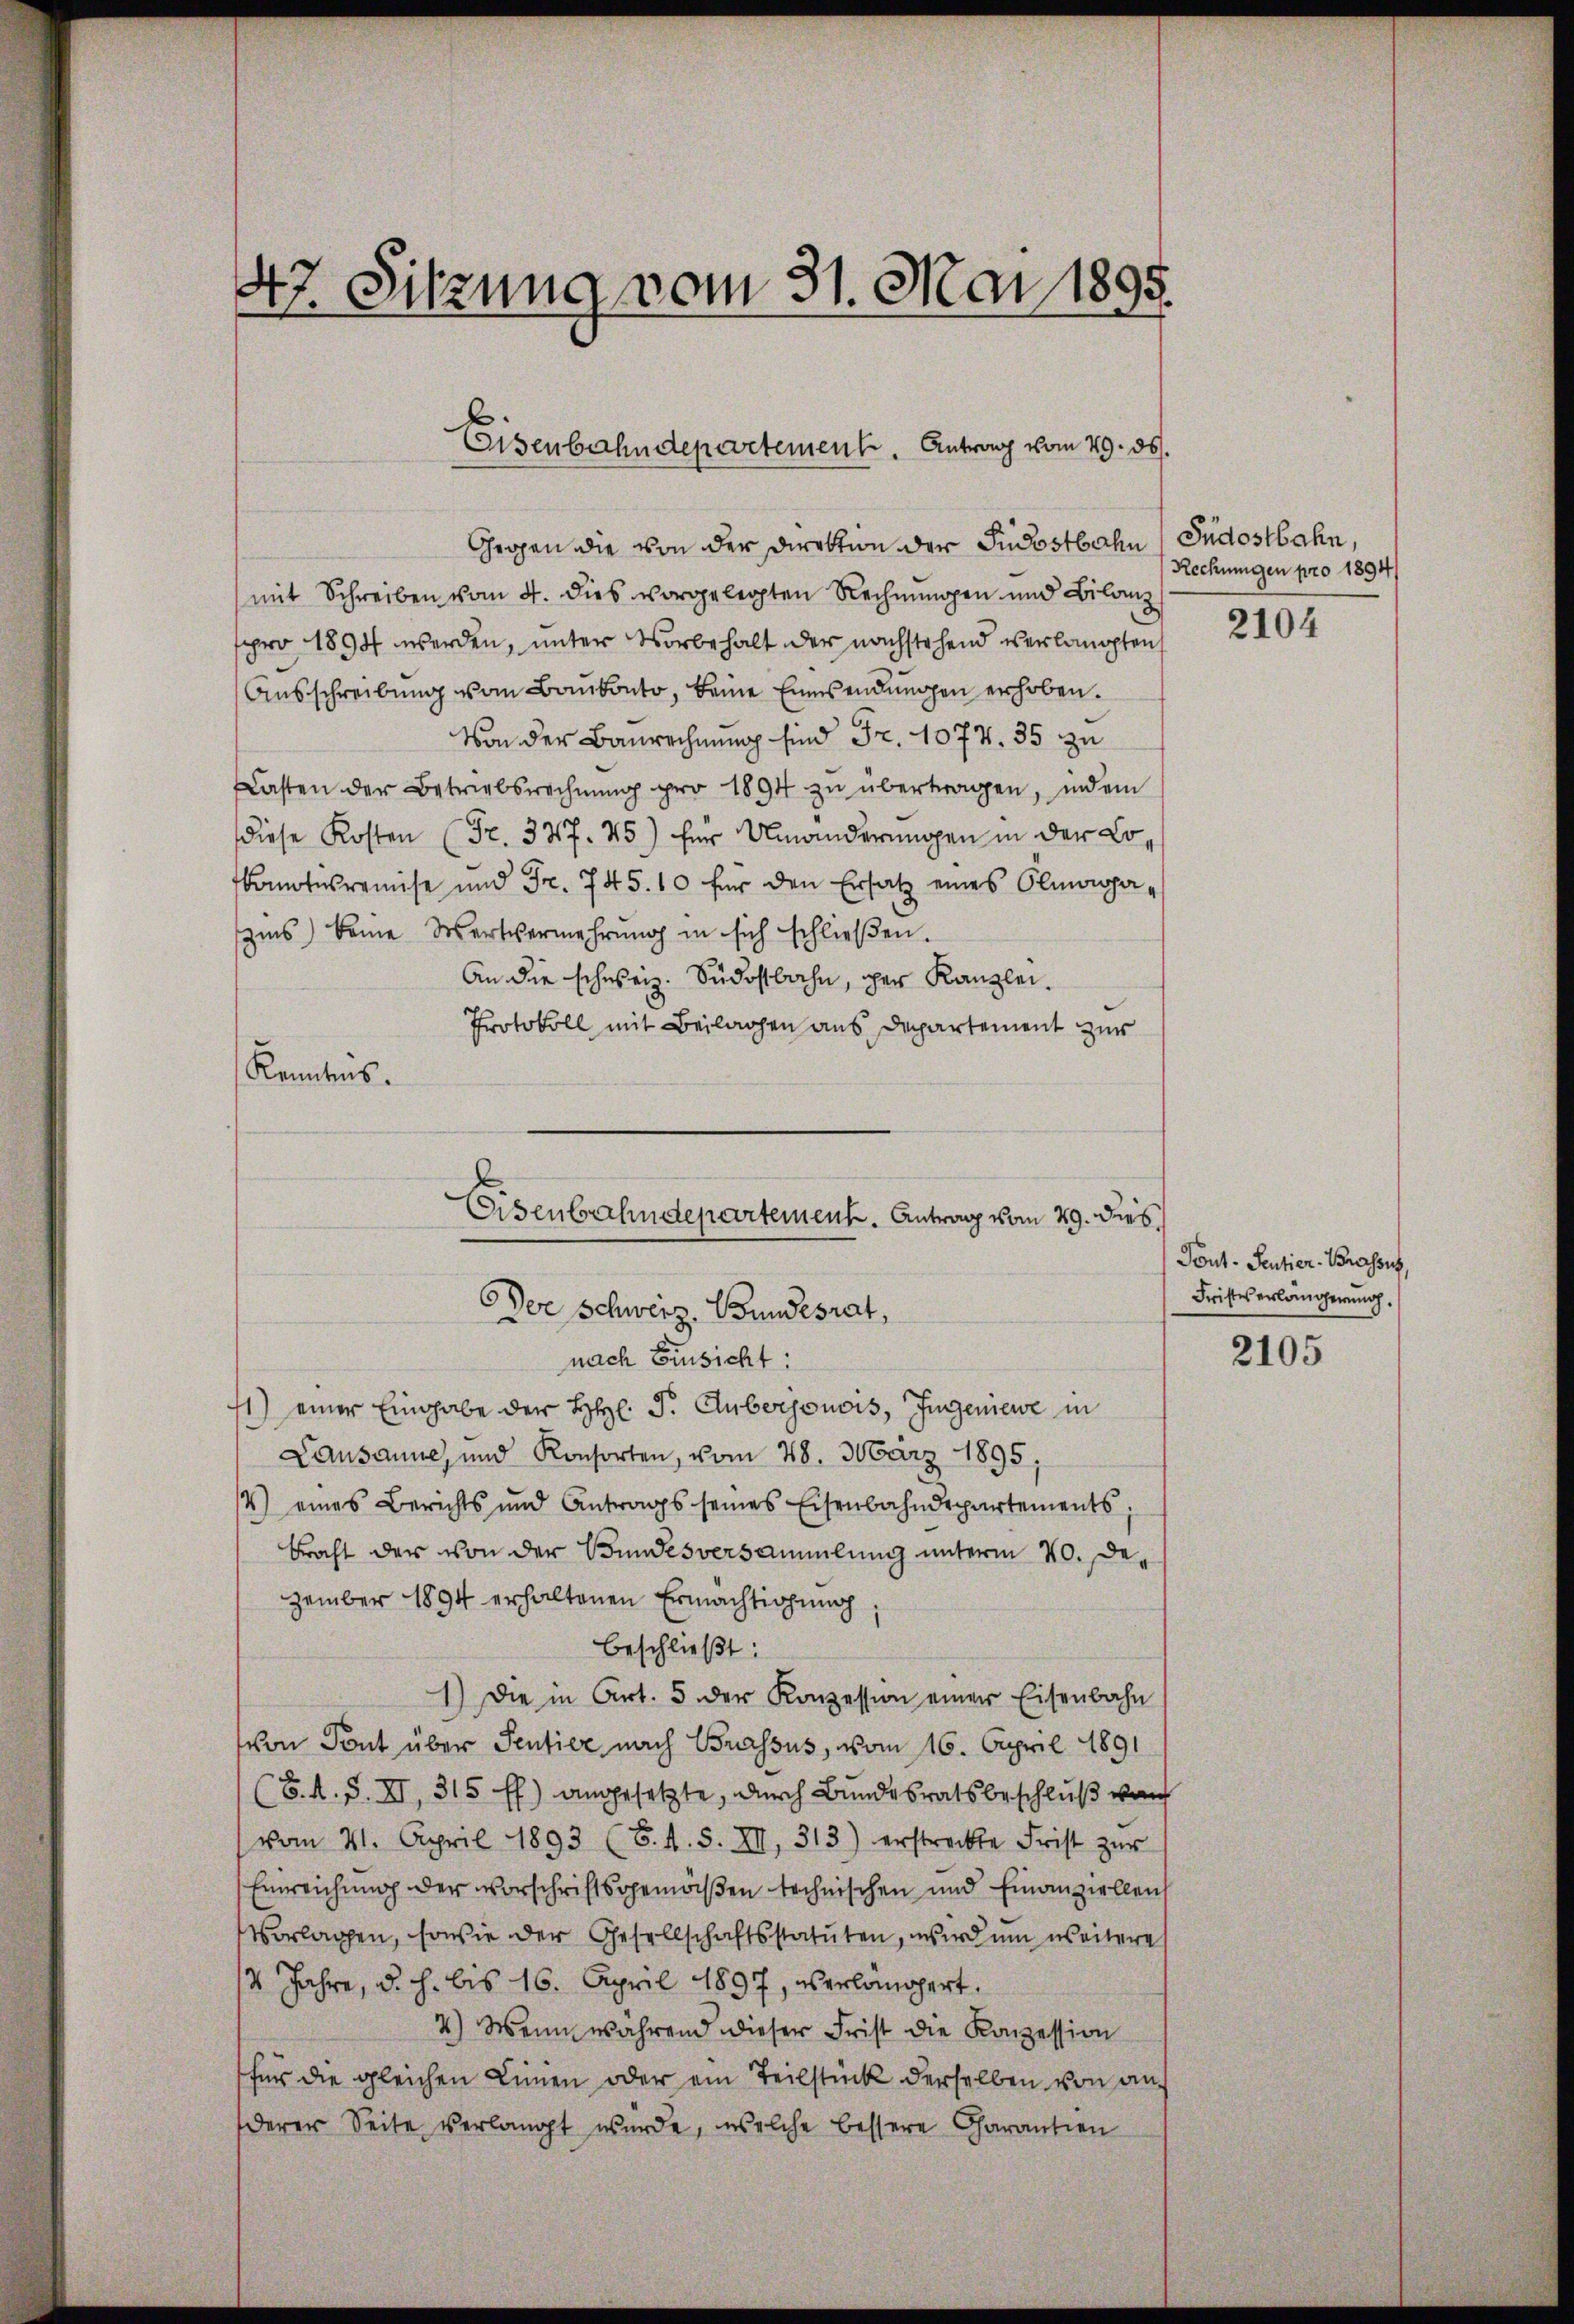
47. Sitzung vom 31. Mai 1895.

Großen die von der Direktion der Südostbahn, Judostbahn,
mit Schreiben vom 4. dies vorgelegten Rechnŭngen und Bilanz
sppro 1894 werden, unter Vorbehalt der nachstehend verlangten
Ausschreibung vom Bankonto, keine Einsendungen erhoben.
Von der Baurechnung sind Fr. 1077. 35 zu
asten der Betriebsrechnŭng pro 1894 zŭ übertragen, indem
diese Kosten (Fr. 337. 45) für Umänderungen in der Lo¬
Bantes remise und Fr. 745. 10 für den Ersatz eines Olmagazins keine Wertvermehrŭng in sich schlieβen.
An die schweiz. Südostbahn, per Kanzlei-
Protokoll mit Beilagen aus Departement zur
Kenntnis.

Eisenbahndepartement. Antrag vom 29. ds.

Eisenbahndepartement. Antrag vom 29. dies,
Dor Schweiz. Bundesrat,

nach Einsicht:
1) einer Eingabe der Hr. P. Guberjonois, Ingeniewe in
Lausanne, und Konsorten, vom 28. März 1895,
4) eines Berichts und Antrags seines Eisenbahndepartements;
bracht der von der Bundesversammlung unterm 20. Dezember 1894 erhaltenen Ermächtigung
beschließt:
1.) Die in Art. 5 der Konzession einer Eisenbahn
von Sont über Sentier nach Brassus, vom 16. April 1891
(S. A. S. XI, 315 ff.) angesetzte, durch Bundesratsbeschluß von
vom 21. April 1893 (6. A. S. XII, 313) erstreckte Frist zŭr
Einreichung der Vorschriftsgemäßen technischen und Finanziellen
Vorlagen, sowie der Gesellschaftsstatuten, wird um weitere
2 Jahre, d. h. bis 16. April 1897, verlangert.
4.) Wenn während dieser Frist die Konzession
für die gleichen Linien oder ein Teilstück derselben von anderer Seite verlangt wurde, welche bessere Charantien

Rechnungen pro 1894/

2104

Tont. Sentier-Brasses,
Fristes erlängerung.

2105